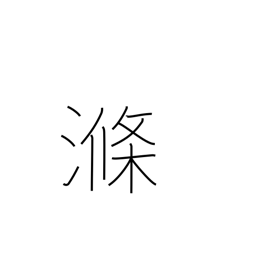
Meaning: rinse